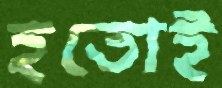
হতোই